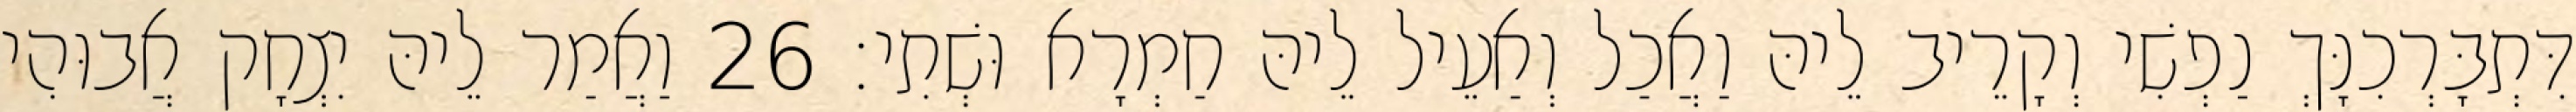
דִּתְבָּרְכִנָּךְ נַפְשִׁי וְקָרֵיב לֵיהּ וַאֲכַל וְאַעֵיל לֵיהּ חַמְרָא וּשְׁתִי׃ 26 וַאֲמַר לֵיהּ יִצְחָק אֲבוּהִי